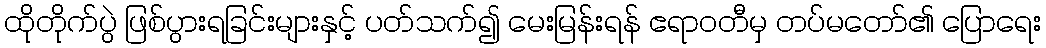
ထိုတိုက်ပွဲ ဖြစ်ပွားရခြင်းများနှင့် ပတ်သက်၍ မေးမြန်းရန် ဧရာဝတီမှ တပ်မတော်၏ ပြောရေး